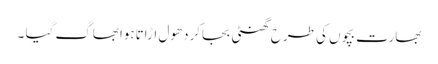
بھارت بچوں کی طرح گھنٹی بجاکردھول اڑاتاہوابھاگ گیا ۔